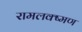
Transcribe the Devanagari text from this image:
रामलक्ष्मण